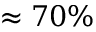
\approx 7 0 \%